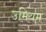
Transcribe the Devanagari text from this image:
उमियम